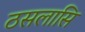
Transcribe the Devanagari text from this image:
ठसलासि